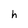
Character: h